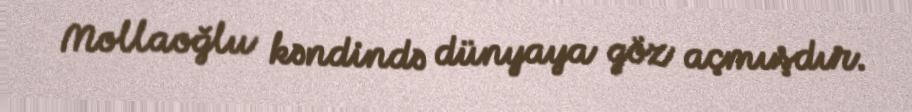
Mollaoğlu kəndində dünyaya göz açmışdır.